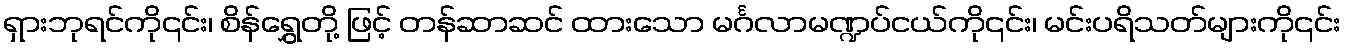
ရှားဘုရင်ကို၎င်း၊ စိန်ရွှေတို့ ဖြင့် တန်ဆာဆင် ထားသော မင်္ဂလာမဏ္ဍပ်ငယ်ကို၎င်း၊ မင်းပရိသတ်များကို၎င်း